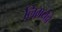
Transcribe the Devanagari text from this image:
लिमयेंंचे